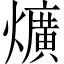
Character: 爌